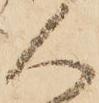
人